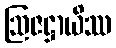
ဩဇဋ္ဌာယိဿ